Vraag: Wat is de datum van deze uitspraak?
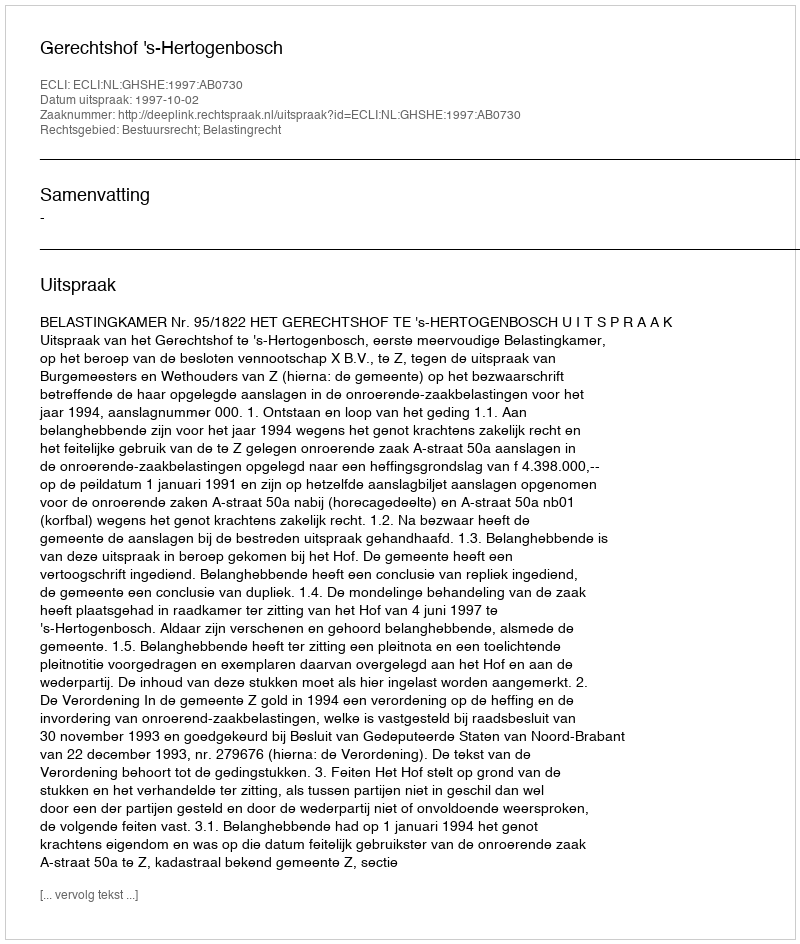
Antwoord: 1997-10-02